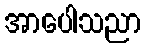
အာပေါသညာ